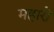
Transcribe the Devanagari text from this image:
महारो